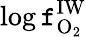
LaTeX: \log{\mathtt{f}_{\mathrm{{O_{2}}}}^{\mathrm{{IW}}}}